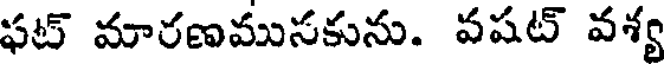
ఫట్ మారణముసకును. వషట్ వశ్య